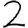
Digit: 2